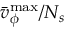
\bar { v } _ { \phi } ^ { \operatorname* { m a x } } / N _ { s }